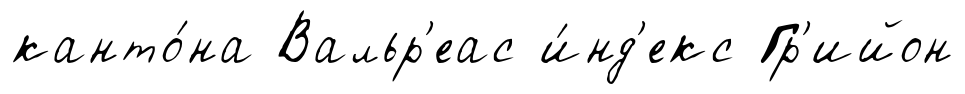
канто́на Вальр'еас и́нд'екс Гр'ийон